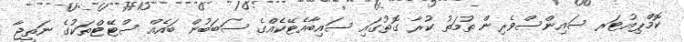
ކޮމްޕިއުޓަރ ސައިންސްވެރިން ތުުމަތު ކުރާ ގޮތުގައި ސައިބާއެޓޭކެއްގެ ސަބަބުން ބައެއް ސްޓޭޓްތަކުގެ ނަތީޖާ